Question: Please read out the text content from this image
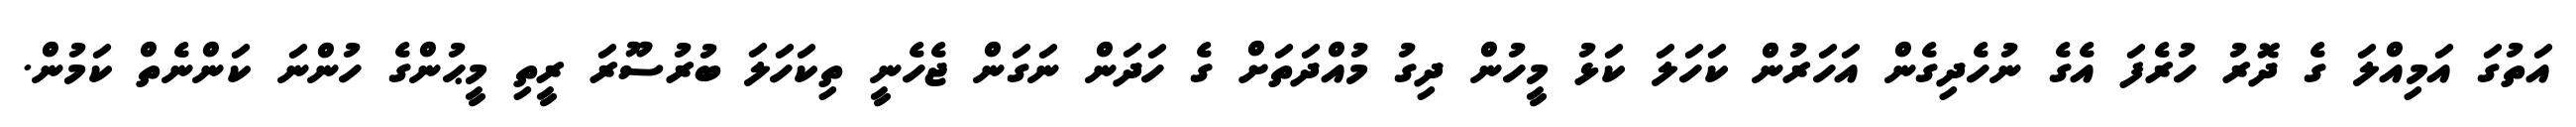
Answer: އަތުގަ އަމިއްލަ ގެ ދޮރު ހުރެފަ އެގެ ނުހެދިގެން އަހަރުން ކަހަލަ ކަޅު މީހުން ދިގު މުއްދަތަށް ގެ ހަދަން ނަގަން ޖެހެނީ ތިކަހަލަ ބުރުސޫރަ ރީތި މީޙުންގެ ހުންނަ ކަންނެތް ކަމުން.